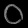
Digit: ၀